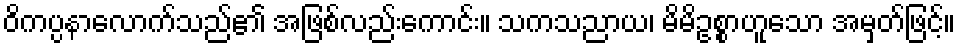
ဝိကပ္ပနာလောက်သည်၏ အဖြစ်လည်းကောင်း။ သကသညာယ၊ မိမိဥစ္စာဟူသော အမှတ်ဖြင့်။